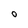
Character: O